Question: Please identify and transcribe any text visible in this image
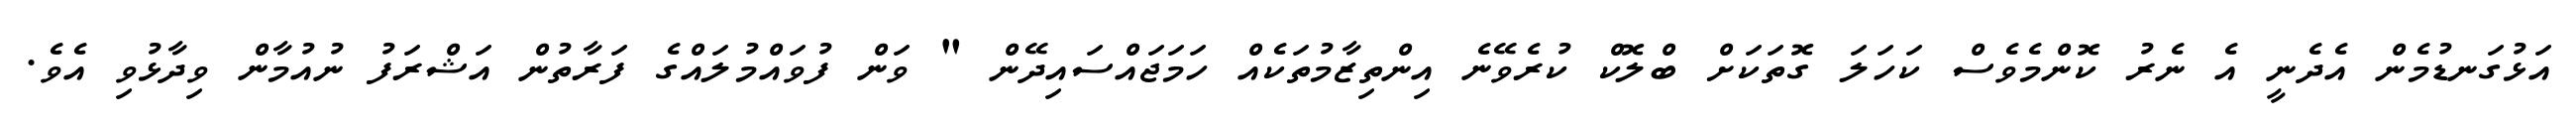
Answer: އަޅުގަނޑުމެން އެދެނީ އެ ނެރު ކޮންމެވެސް ކަހަލަ ގޮތަކަށް ބްލޮކް ކުރެވޭނެ އިންތިޒާމުތަކެއް ހަމަޖައްސައިދޭން " ވަން ފުވައްމުލައްގެ ފަރާތުން އަޝްރަފު ނުއުމާން ވިދާޅުވި އެވެ.